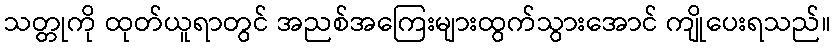
သတ္တုကို ထုတ်ယူရာတွင် အညစ်အကြေးများထွက်သွားအောင် ကျိုပေးရသည်။